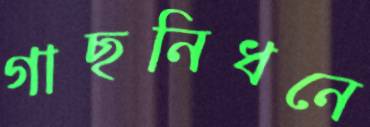
গাছনিধনে